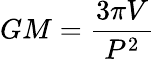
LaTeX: GM={\frac{3\pi V}{P^{2}}}